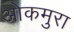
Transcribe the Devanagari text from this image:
ओकमुरा